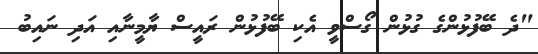
"ދެ ބޭފުޅުންގެ ގުޅުން ގޯސްވީ އެކި ބޭފުޅުން ރައީސް ޔާމީނާއި އަދި ނައިބު